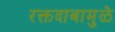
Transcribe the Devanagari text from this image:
रक्तदाबामुळे